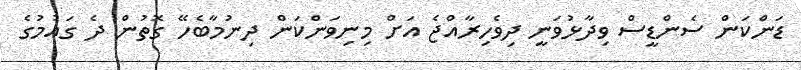
ޑަންކަން ސެންޑީސް ވިދާޅުވަނީ ދިވެހިރާއްޖެ އަށް މިނިވަންކަން ދިނުމާބެހޭ ގޮތުން ދެ ގައުމުގެ